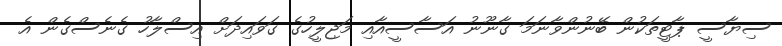
ސިޔާސީ ޕާޓީތަކުން ބޭނުންވާނަމަ ގާނޫނު އަސާސީއާއި މަޖިލީހުގެ ގަވައިދަށް އިސްލާހު ގެނެސްގެން އެ